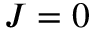
J = 0